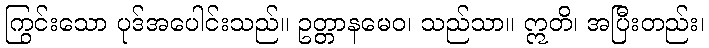
ကြွင်းသော ပုဒ်အပေါင်းသည်။ ဥတ္တာနမေဝ၊ သည်သာ။ ဣတိ၊ အပြီးတည်း၊